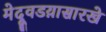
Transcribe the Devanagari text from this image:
मेदूवडय़ासारखे